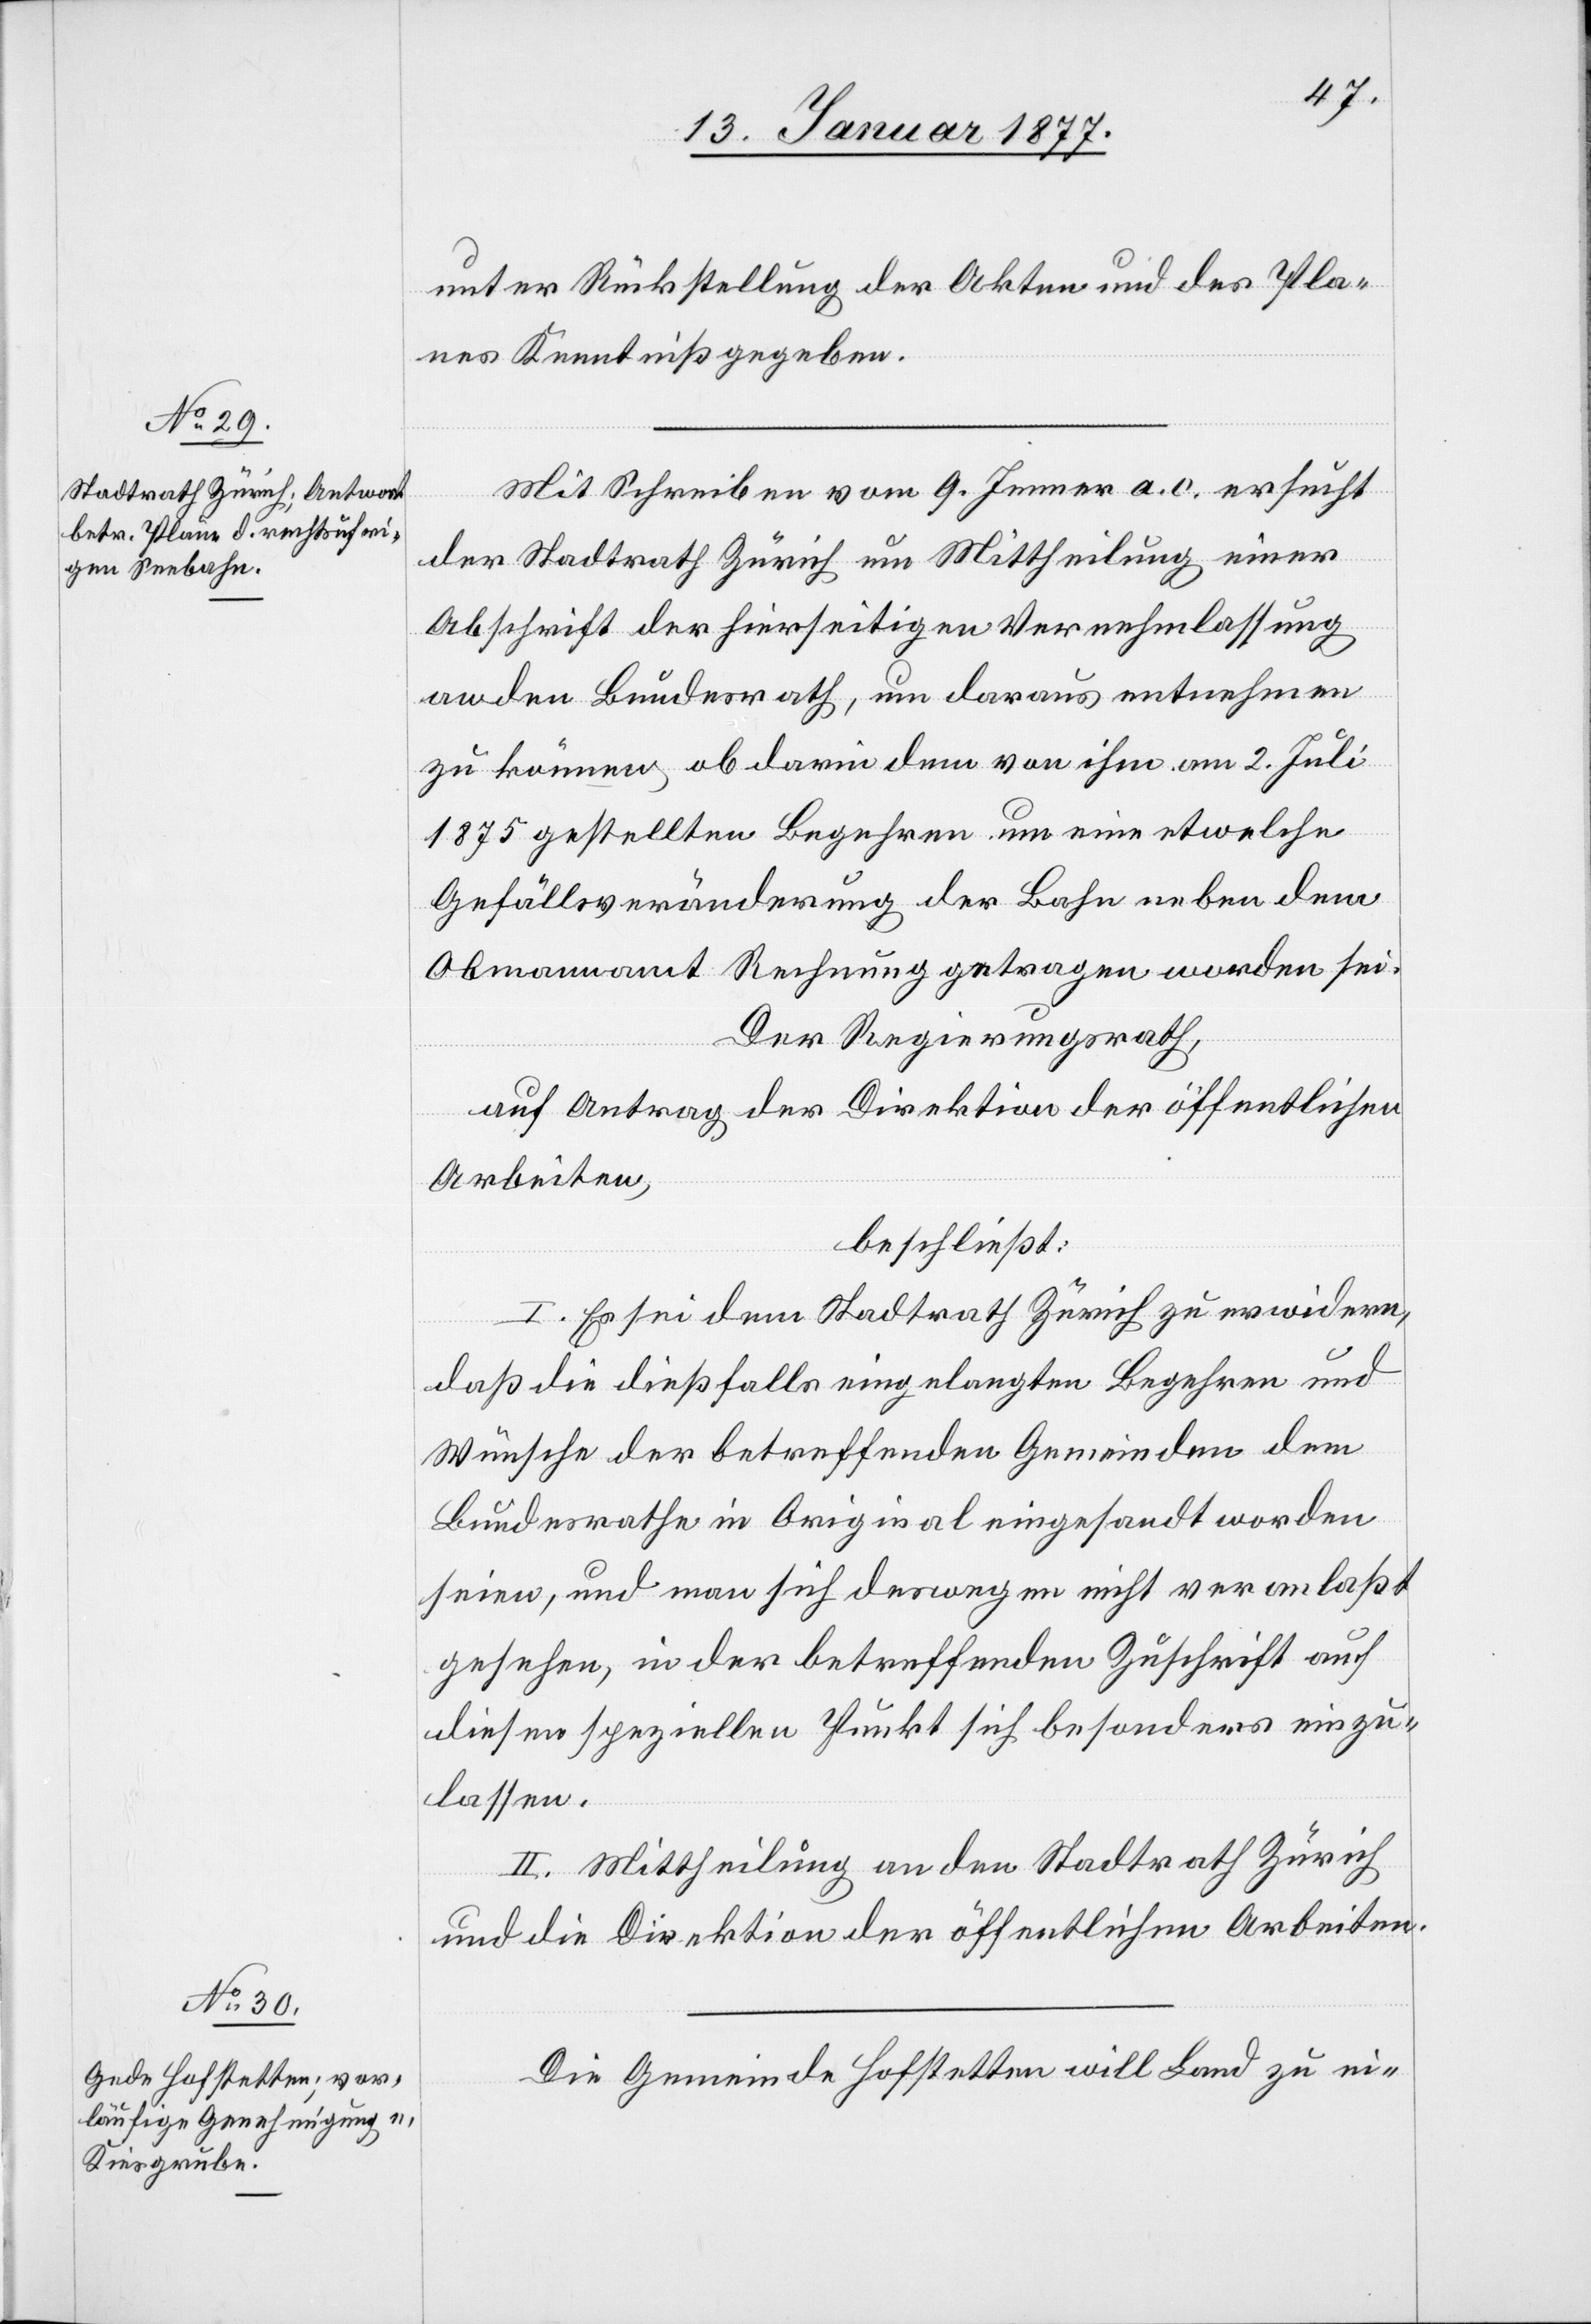
unter Rücksendung der Akten und des Pla¬
nes Kenntniß gegeben.
Mit Schreiben vom 9. Januar a. c. ersucht
der Stadtrath Zürich um Mittheilung einer
Abschrift der hierseitigen Vernehmlassung
an den Bundesrath, um daraus entnehmen
zu können, ob darin dem von ihm am 2. Jul¬
i
1875 gestellten Begehren um eine etwelche
Gefällsveränderung der Bahn neben dem
Obmannamt Rechnung getragen worden sei.
Der Regierungsrath,
auf Antrag der Direktion der öffentlichen
Arbeiten,
beschließt:
I. Es sei dem Stadtrath Zürich zu erwiedern,
daß die dießfalls eingelegten Begehren und
Wünsche der betreffenden Gemeinden dem
Bundesrathe im Original eingesandt worden
seien, und man sich deswegen nicht veranlaßt
gesehen, in der betreffenden Zuschrift auf
diesen speziellen Punkt sich besonders einzu¬
lassen.
II. Mittheilung an den Stadtrath Zürich
und die Direktion der öffentlichen Arbeiten.
Die Gemeinde Hofstetten will Land zu ei-